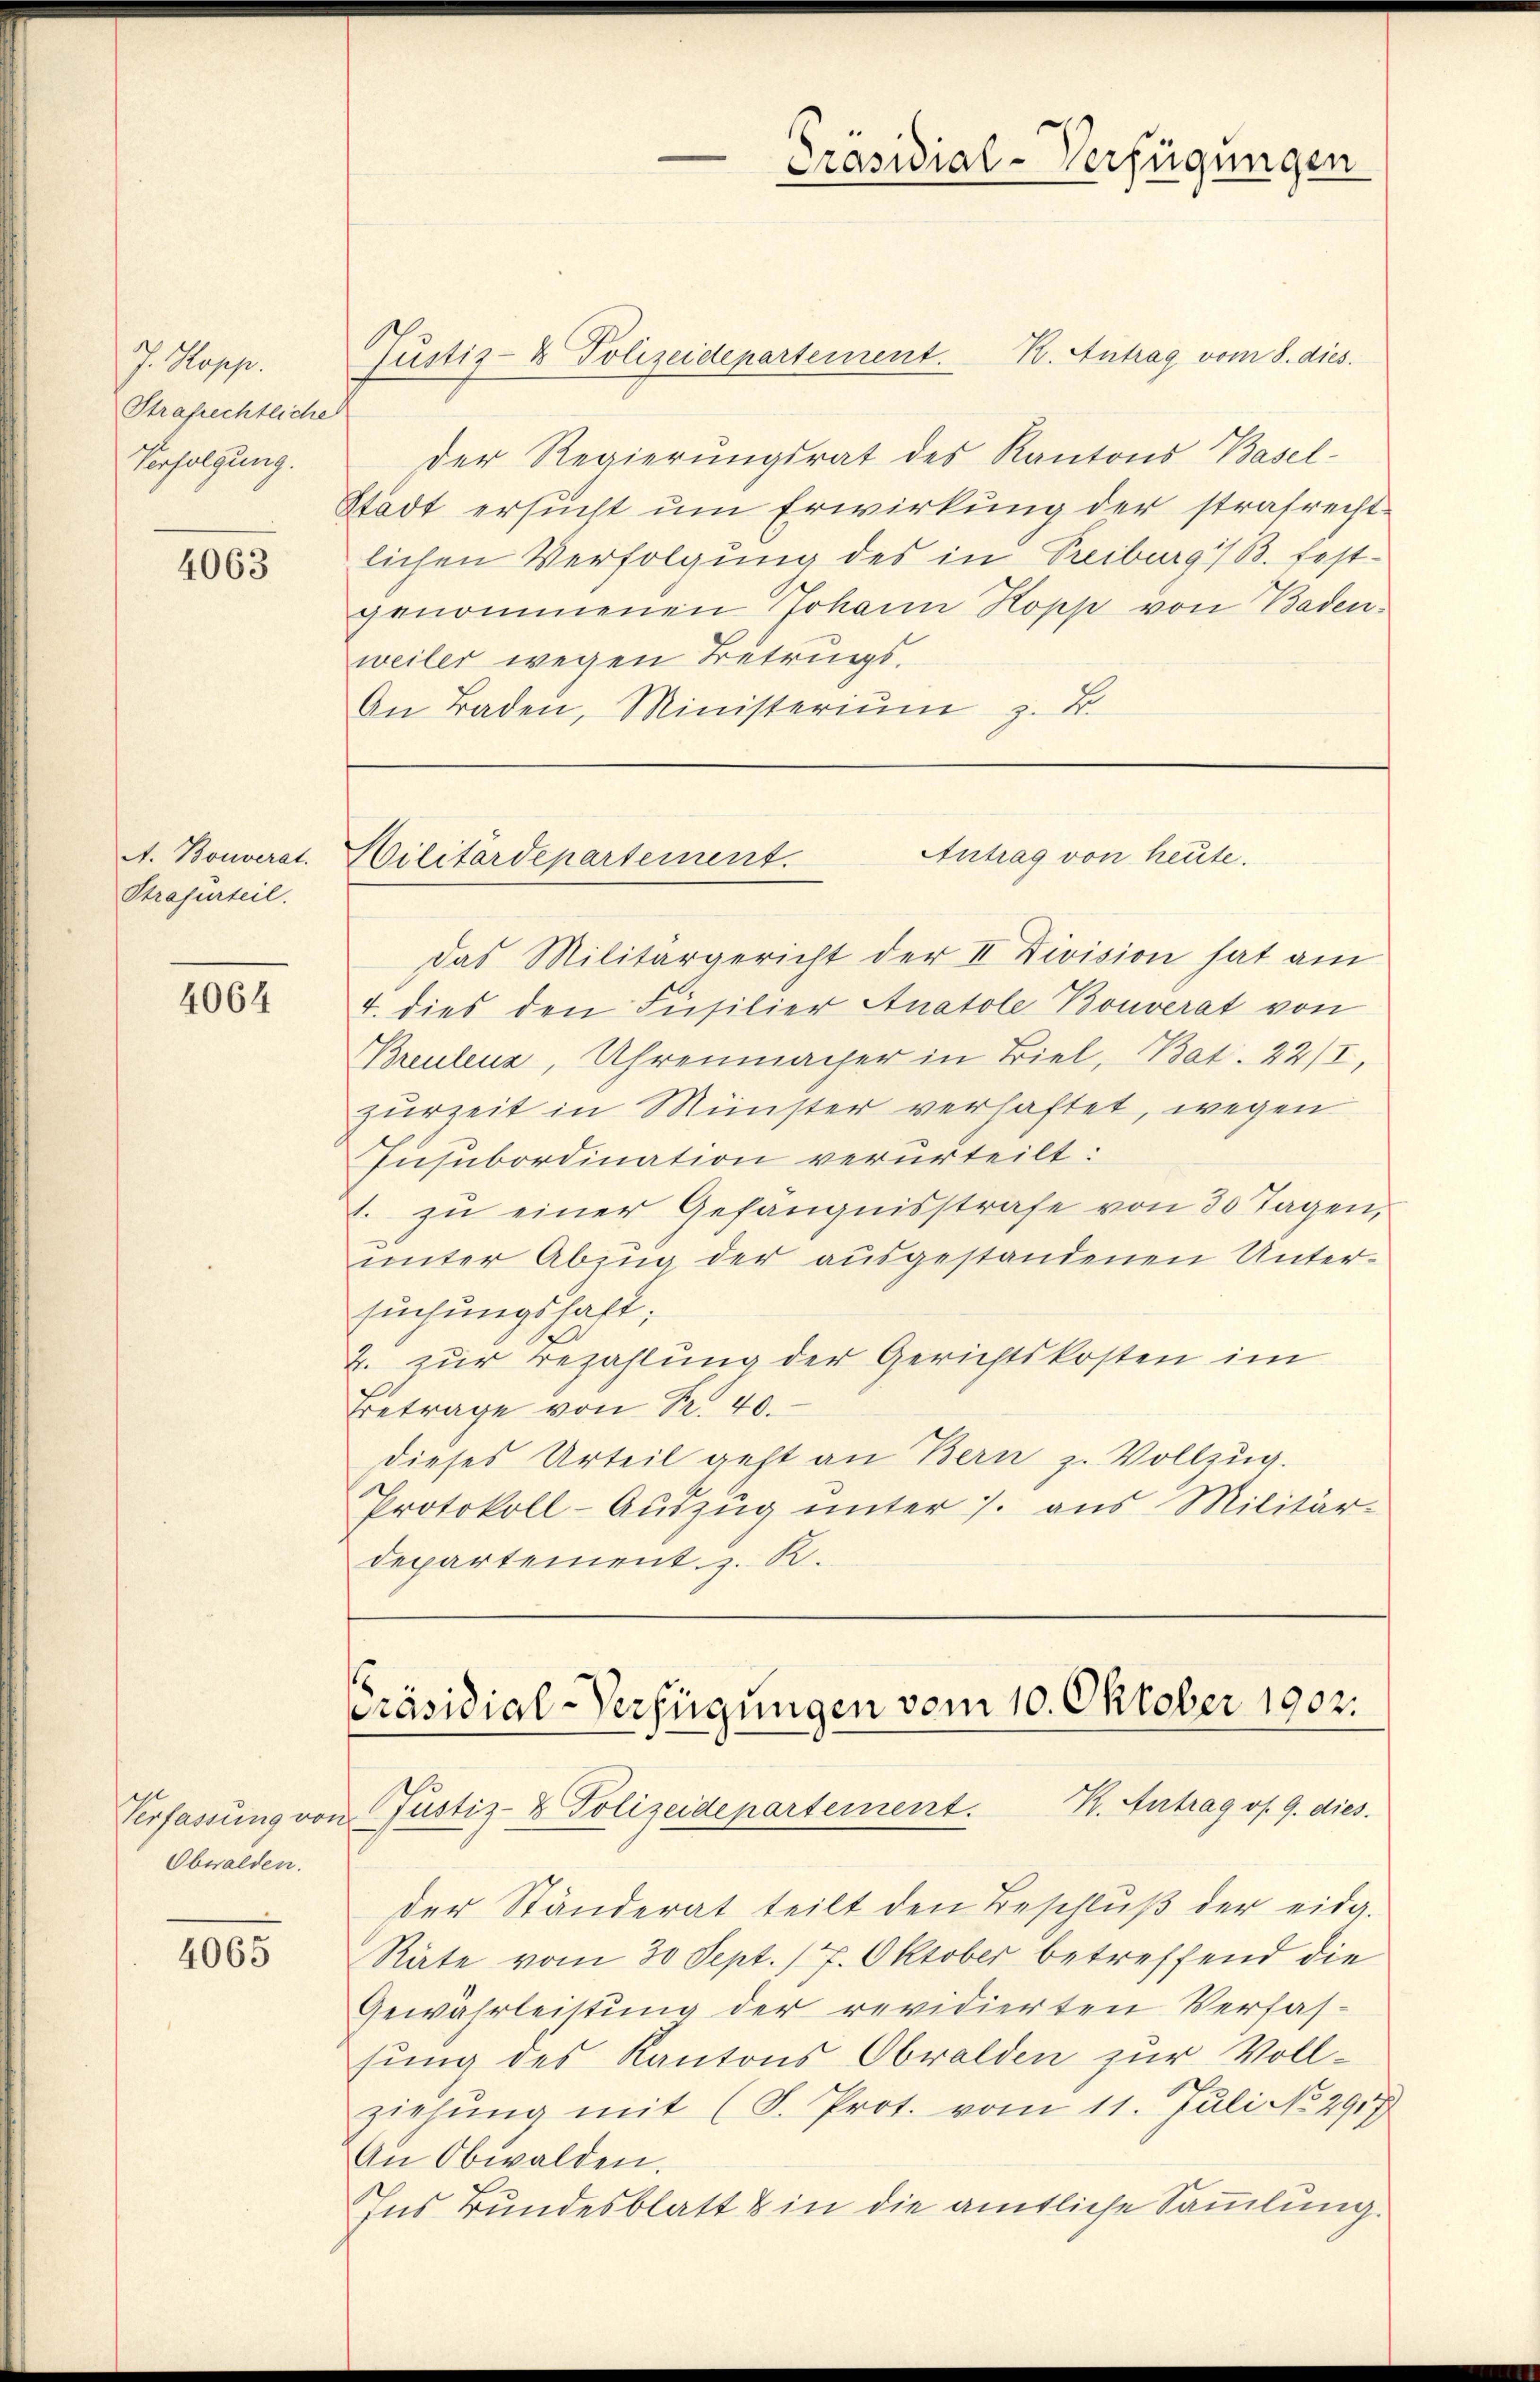
J. Hopp.
Strafrechtliche
Verfolgung.

4063

A. Bouverat.
Strafurteil.

4064

Justiz- & Polizeidepartement. K. Antrag vom 8. dies
Der Regierungsrat des Kantons Basel-
Stadt ersucht um Erwirkung der strafrechtlichen Verfolgung des in Treiburg i/B. festgenommenen Johann Kopp von Baden-
weiler wegen Betrings¬
An Baden, Ministeriŭm z. B.

Obwalden.

4065

Das Militärgericht der II Division hat am
4. dies den Füsilier Anatole Bouverat von
Breulenz, Uhrenmacher in Biel, Bat. 22/I,
zurZeit in Münster verhaftet, wegen
Insubordination verurteilt:
1. zu einer Gefängnisstrafe von 30 Tagen,
unter Abzug der ausgestandenen Unter-
suchungshaft;
2. zur Bezahlung der Gerichtskosten im
Betrage von R. 40.
dieses Urteil geht an Bern z. Vollzug.
Protokoll-Auszug unter 7. aus Militär-
departement z. R.

Präsidial-Verfügungen

Antrag von heute.
Hilitärdepartement.

Präsidial-Verfügungen vom 10. Oktober 1902.
Verfassung von Justiz- & Polizeidepartement. K. Antrag of 9. dies

der Ständerat teilt den Beschlŭβ der eidg.
Räte vom 30 Sept. 17. Oktober betreffend die
Gewährleistung der revidierten Verfas-
fung des Kantons Obwalden zur Vollziehung mit (S. Prot. vom 11. Juli No 2917
An Obwalden.
Ins Bundesblatt & in die amtliche Sammlung.